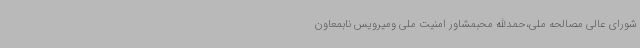
شورای عالی مصالحه‌ ملی،حمدالله محبمشاور امنیت ملی ومیرویس نابمعاون